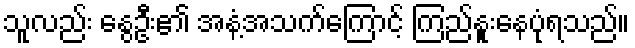
သူလည်း နွေဦး၏ အနံ့အသက်ကြောင့် ကြည်နူးနေပုံရသည်။